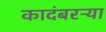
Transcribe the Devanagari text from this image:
कादंबरऱ्या